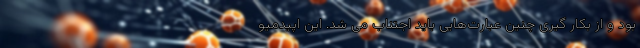
بود و از بکار گیری چنین عبارت‌هایی باید اجتناب می شد. این اپیدمیو